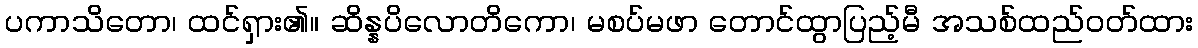
ပကာသိတော၊ ထင်ရှား၏။ ဆိန္နပိလောတိကော၊ မစပ်မဖာ တောင်ထွာပြည့်မီ အသစ်ထည်ဝတ်ထား